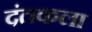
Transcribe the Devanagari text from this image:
दंतकला